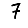
Digit: 7